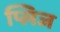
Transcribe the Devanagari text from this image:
प्लिज